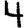
Digit: 4